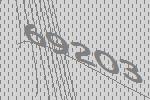
69203